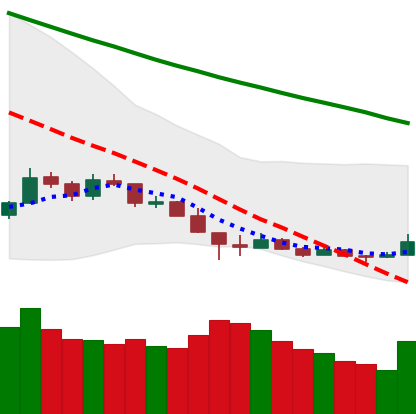
Ticker: LTC-USD
Chart end date: 2018-12-16
Forward return: 20.312%
Label: up_7plus